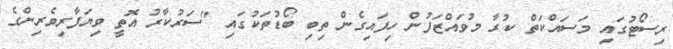
ރިސޯޓުގައި މަސައްކަތް ކުރާ މުވައްޒަފުން ހިފައިގެން ތިބި ބޯޑުތަކުގައި "ސަރުކާރު އޮތީ ވިޔަފާރިވެރިންގެ